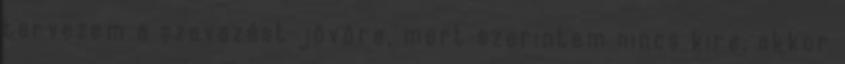
tervezem a szavazást jövőre, mert szerintem nincs kire, akkor